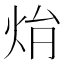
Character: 𤇖